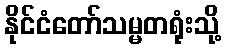
နိုင်ငံတော်သမ္မတရုံးသို့